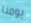
يومنا